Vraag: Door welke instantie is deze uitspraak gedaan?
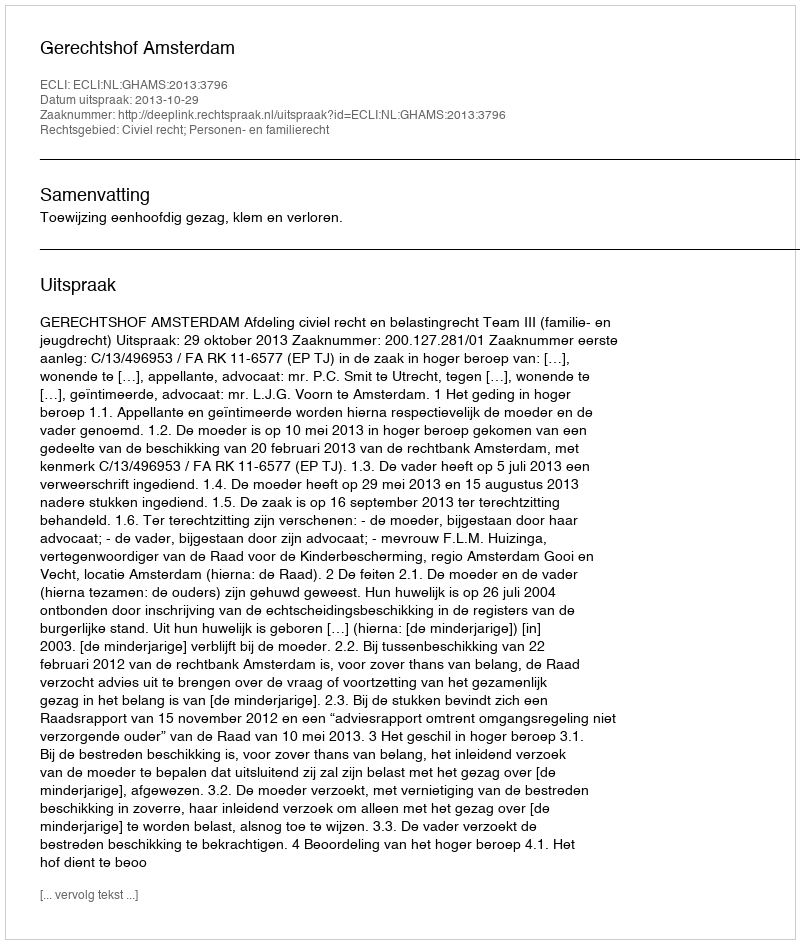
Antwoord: Gerechtshof Amsterdam